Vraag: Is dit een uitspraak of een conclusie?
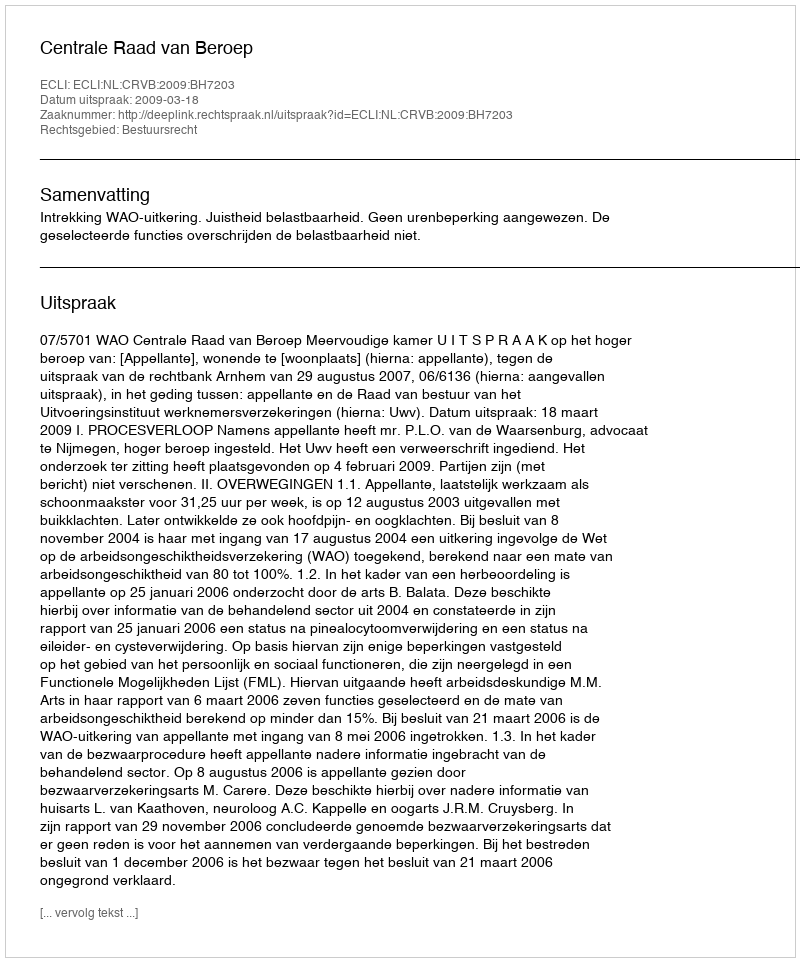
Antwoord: Uitspraak